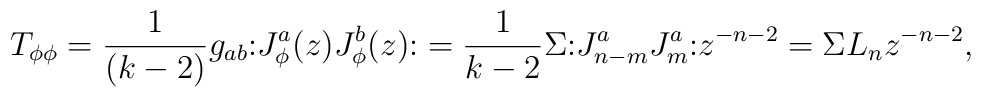
T_{\phi \phi} = \frac{1}{(k - 2)} g_{ab}{\large :} J_{\phi}^a (z) J_{\phi}^b (z) {\large :} = \frac{1}{k - 2} \Sigma {\large :} J^a_{n-m} J_m^a {\large :}z^{-n-2} = \Sigma L_n z^{-n-2},